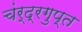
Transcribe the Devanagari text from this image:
चंर्द्रगुप्त